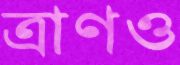
ত্রাণও